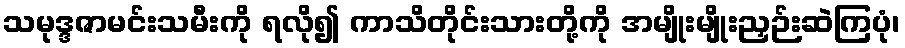
သမုဒ္ဒဇာမင်းသမီးကို ရလို၍ ကာသိတိုင်းသားတို့ကို အမျိုးမျိုးညှဉ်းဆဲကြပုံ၊